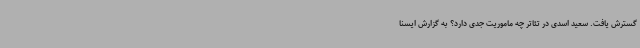
گسترش یافت. سعید اسدی در تئاتر چه ماموریت جدی دارد؟ به گزارش ایسنا